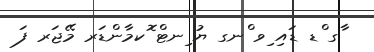
ާގ ްޑ ޑައި ިވ ްނގ ޔު ިނޓް ޮކމާންޑަރ މޭޖަރ ފަ